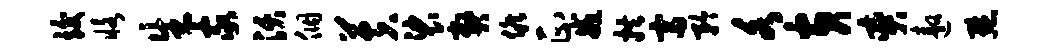
竣恪生家沃个芙裟弊候正戒拱富矜各黄奕遨默